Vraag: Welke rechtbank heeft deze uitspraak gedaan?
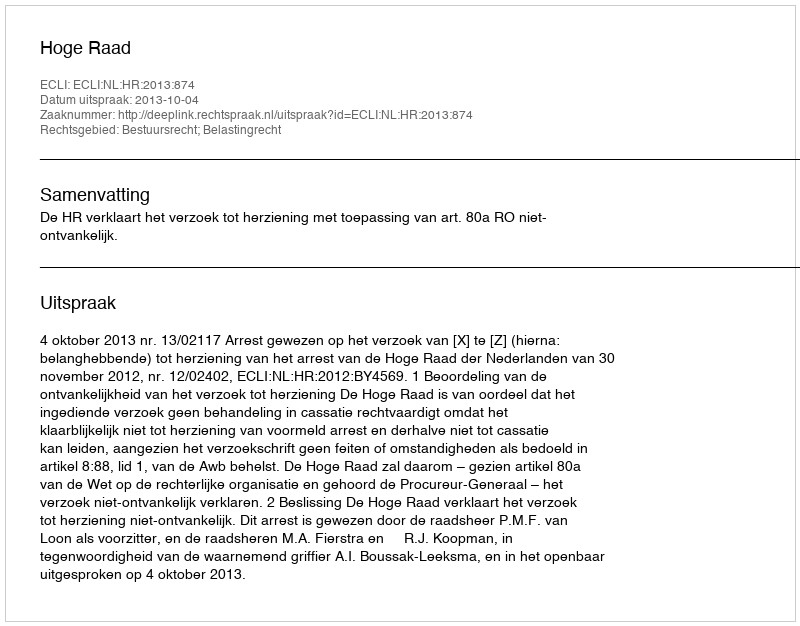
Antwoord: Hoge Raad